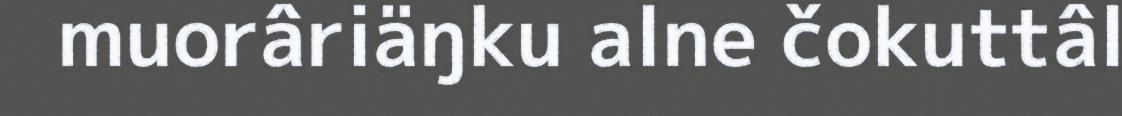
muorâriäŋku alne čokuttâl